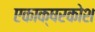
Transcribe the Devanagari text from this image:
एकाक्षरकोश